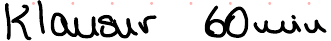
Klausur 60 min